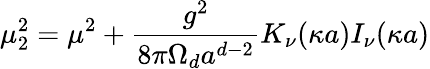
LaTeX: \mu_{2}^{2}=\mu^{2}+{\frac{g^{2}}{8{\pi}\Omega_{d}a^{d-2}}}K_{\nu}(\kappa a)I_{\nu}(\kappa a)